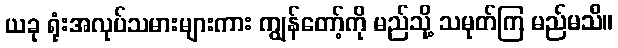
ယခု ရုံးအလုပ်သမားများကား ကျွန်တော့်ကို မည်သို့ သမုတ်ကြ မည်မသိ။